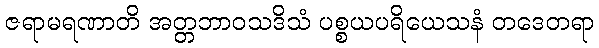
ဇရာမရဏာတိ အတ္တဘာဝသဒိသံ ပစ္စယပရိယေသနံ တဒေတရာ